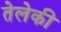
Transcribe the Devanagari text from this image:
तेलेकी